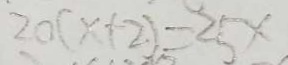
2 0 ( x + 2 ) = 2 5 x